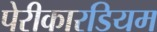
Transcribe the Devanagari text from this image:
पेरीकारडियम